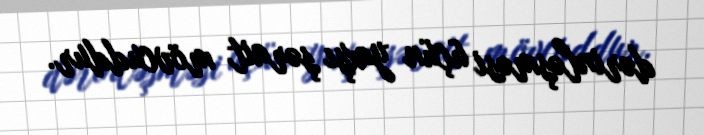
dərinləşməsi üçün yaxşı şərait mövcuddur.